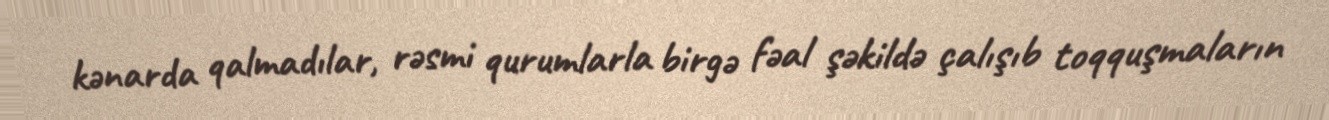
kənarda qalmadılar, rəsmi qurumlarla birgə fəal şəkildə çalışıb toqquşmaların